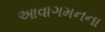
આવાગમનના